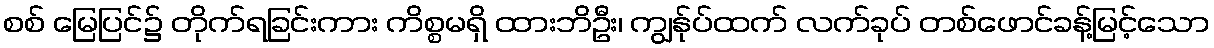
စစ် မြေပြင်၌ တိုက်ရခြင်းကား ကိစ္စမရှိ ထားဘိဦး၊ ကျွန်ုပ်ထက် လက်ခုပ် တစ်ဖောင်ခန့်မြင့်သော